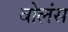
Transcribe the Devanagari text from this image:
वोलंस